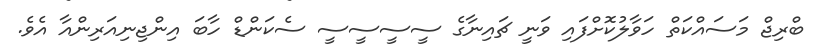
ބްރިޖް މަސައްކަތް ހަވާލުކޮށްފައި ވަނީ ޗައިނާގެ ސީސީސީސީ ސެކަންޑް ހާބަ އިންޖިނިއަރިންއާ އެވެ.